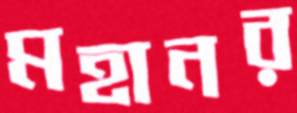
মহানর